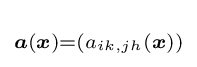
\scriptstyle {\boldsymbol {a}}({\boldsymbol {x}})=\left(a_{ik,jh}({\boldsymbol {x}})\right)